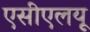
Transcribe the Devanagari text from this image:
एसीएलयू